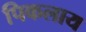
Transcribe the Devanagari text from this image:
पिकलाय